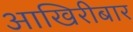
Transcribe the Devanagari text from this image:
आखिरीबार